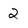
Character: 2